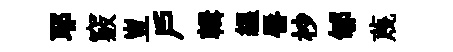
耶竅豈戸輯緼唇杪郇蔑